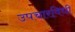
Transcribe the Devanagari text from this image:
उपचारविधी